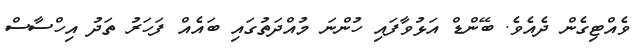
ވެއްޓިގެން ދެއެވެ. ބޭންޑް އަޅުވާފައި ހުންނަ މުއްދަތުގައި ބައެއް ފަހަރު ތަދު އިހްސާސް